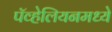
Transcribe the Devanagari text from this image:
पॅव्हेलियनमध्ये